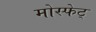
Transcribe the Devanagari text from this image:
मोस्फेट्